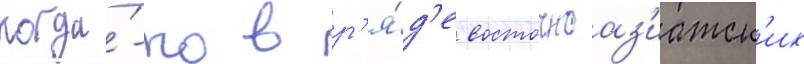
когда́-то в р'я́д'е восточноаз'иатск'их